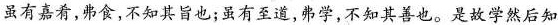
虽有嘉肴，弗食，不知其旨也；虽有至道，弗学，不知其善也。是故学然后知